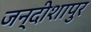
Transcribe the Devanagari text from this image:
जन्दीशापुर